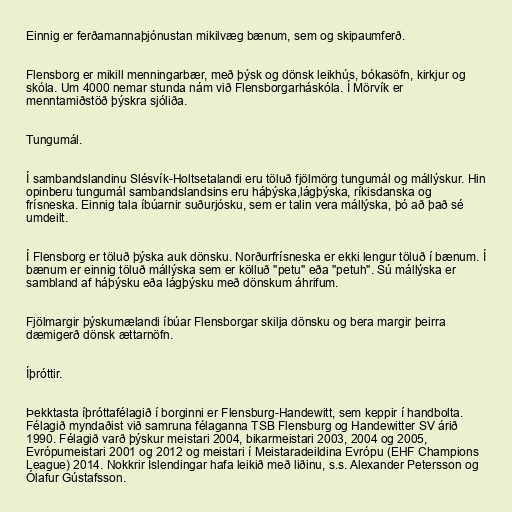
Einnig er ferðamannaþjónustan mikilvæg bænum, sem og skipaumferð.

Flensborg er mikill menningarbær, með þýsk og dönsk leikhús, bókasöfn, kirkjur og
skóla. Um 4000 nemar stunda nám við Flensborgarháskóla. Í Mörvík er
menntamiðstöð þýskra sjóliða.

Tungumál.

Í sambandslandinu Slésvík-Holtsetalandi eru töluð fjölmörg tungumál og mállýskur. Hin
opinberu tungumál sambandslandsins eru háþýska,lágþýska, ríkisdanska og
frísneska. Einnig tala íbúarnir suðurjósku, sem er talin vera mállýska, þó að það sé
umdeilt.

Í Flensborg er töluð þýska auk dönsku. Norðurfrísneska er ekki lengur töluð í bænum. Í
bænum er einnig töluð mállýska sem er kölluð "petu" eða "petuh". Sú mállýska er
sambland af háþýsku eða lágþýsku með dönskum áhrifum.

Fjölmargir þýskumælandi íbúar Flensborgar skilja dönsku og bera margir þeirra
dæmigerð dönsk ættarnöfn.

Íþróttir.

Þekktasta íþróttafélagið í borginni er Flensburg-Handewitt, sem keppir í handbolta.
Félagið myndaðist við samruna félaganna TSB Flensburg og Handewitter SV árið
1990. Félagið varð þýskur meistari 2004, bikarmeistari 2003, 2004 og 2005,
Evrópumeistari 2001 og 2012 og meistari í Meistaradeildina Evrópu (EHF Champions
League) 2014. Nokkrir Íslendingar hafa leikið með liðinu, s.s. Alexander Petersson og
Ólafur Gústafsson.